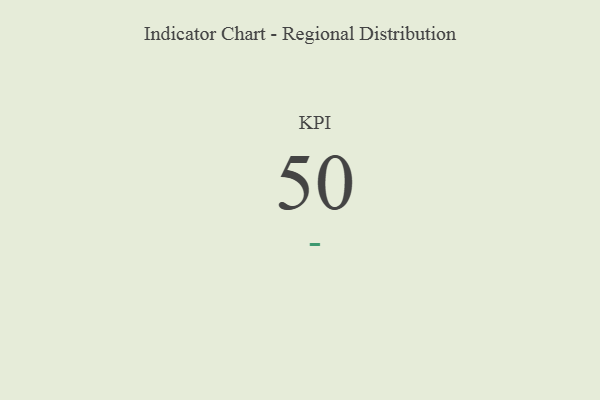
{"axis": {"x": "KPI", "y": "Value"}, "legend": [""], "data": [{"x": "KPI", "y": 50, "type": ""}]}